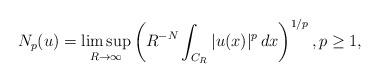
LaTeX: \begin{align*} N_p(u)=\limsup_{R\to\infty}\left(R^{-N}\int_{C_R}|u(x)|^p\,dx\right)^{1/p},p\ge1, \end{align*}